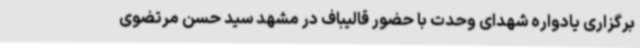
برگزاری یادواره شهدای وحدت با حضور قالیباف در مشهد سید حسن مرتضوی